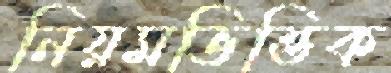
নিয়মভিত্তিক